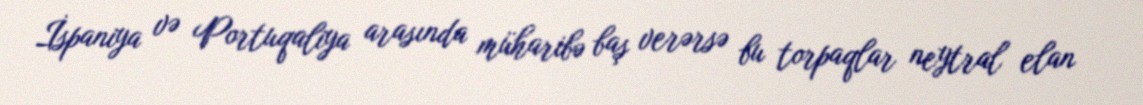
İspaniya və Portuqaliya arasında müharibə baş verərsə bu torpaqlar neytral elan